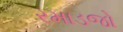
રમાડજો